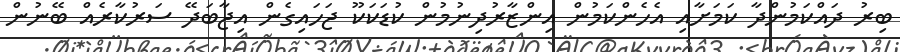
ބިރު ދައްކަމުންދާ ކަމަށާއި އެހެންކަމުން އިންޒާރުދިނުމުން ކުޑަކަކޫ ޖަހައިގެން އިޖާބަދޭ ސަރުކާރެއް ބޭނުން